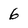
Character: 6